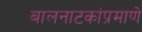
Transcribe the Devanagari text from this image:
बालनाटकांप्रमाणे